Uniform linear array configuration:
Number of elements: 64
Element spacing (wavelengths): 1
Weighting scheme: hann
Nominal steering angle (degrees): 0
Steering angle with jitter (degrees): -1.694
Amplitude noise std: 0.05
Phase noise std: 0.05

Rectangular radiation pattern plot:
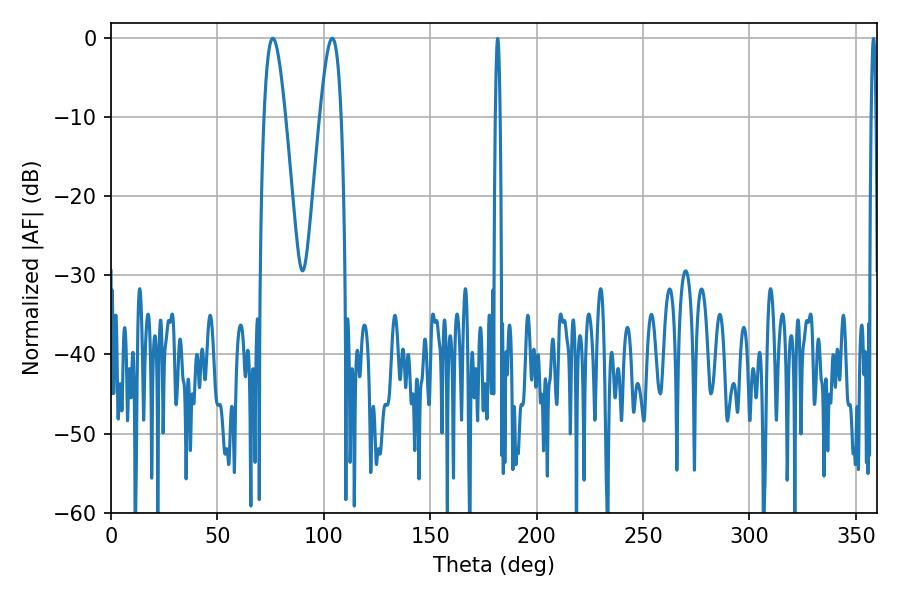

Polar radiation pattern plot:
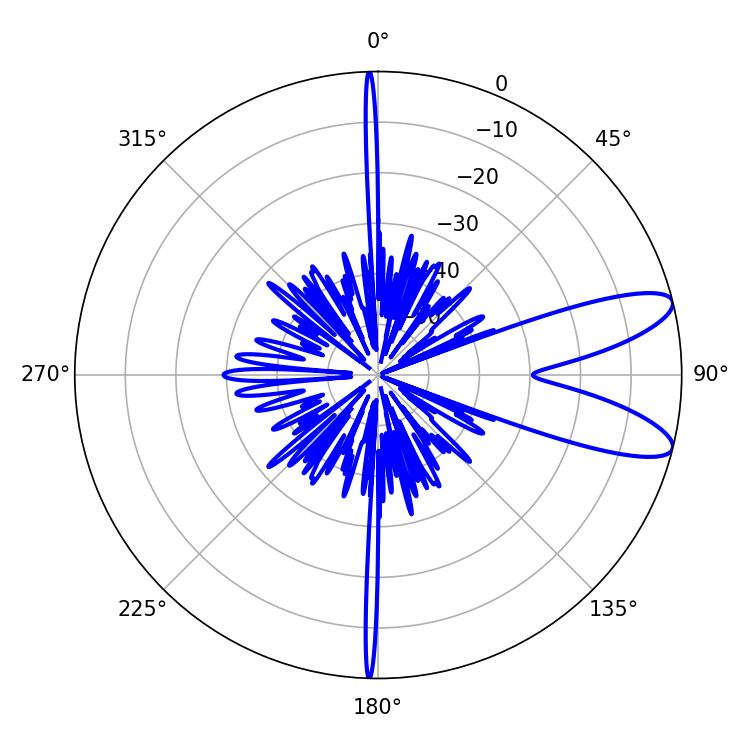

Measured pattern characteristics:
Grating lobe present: TRUE
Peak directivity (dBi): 9.99
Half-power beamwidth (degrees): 5.4
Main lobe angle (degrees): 75.96